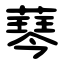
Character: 䔷